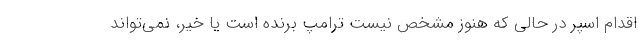
اقدام اسپر در حالی که هنوز مشخص نیست ترامپ برنده است یا خیر، نمی‌تواند